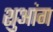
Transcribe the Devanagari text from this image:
शुआंग